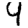
Digit: 4